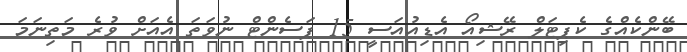
ބޭންކެއްގެ ކެޕިޓަލް ރޭޝިއޯ އެޑިއުއަސީ 15 ޕަސެންޓް ނުވަތަ އެއަށް ވުރެ މަތިނަމަ